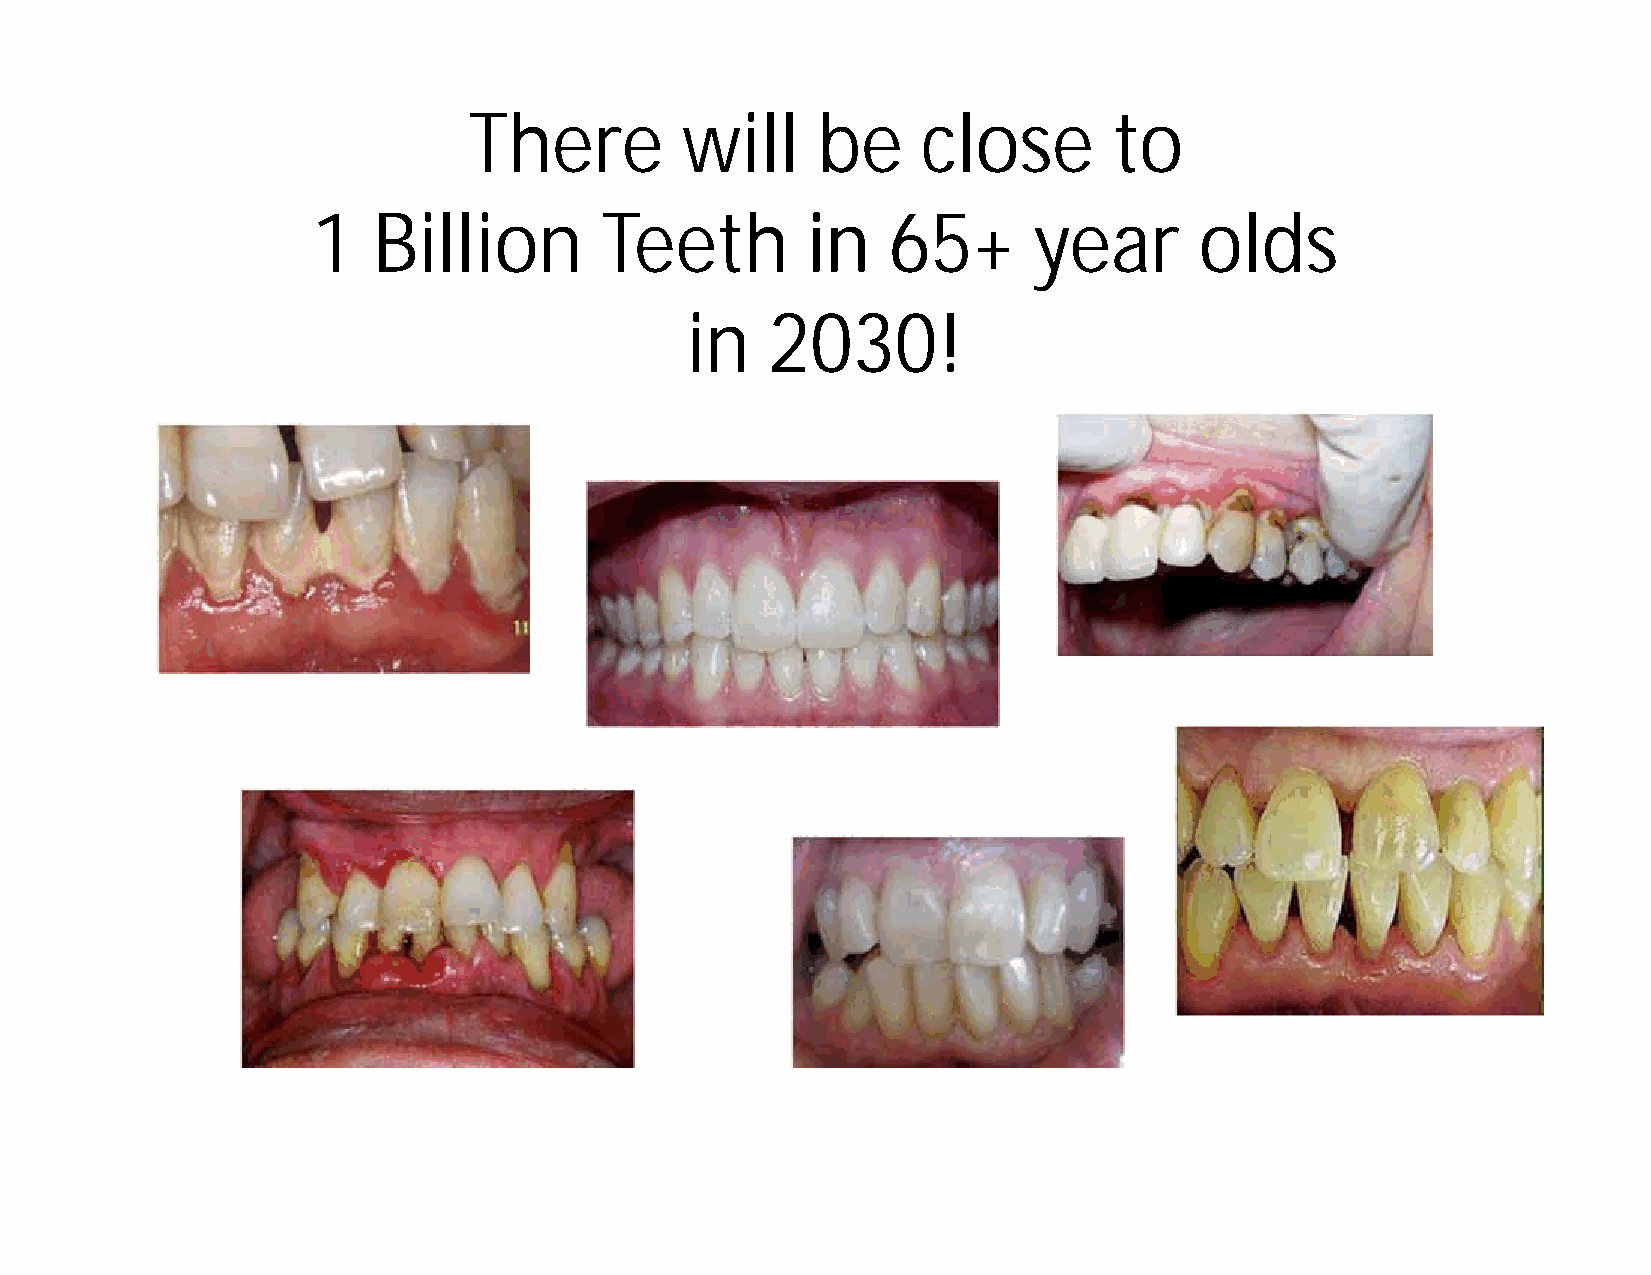
There         will     be     close        to
 1   Billion        Teeth        in    65+      year       olds
 in    2030!